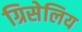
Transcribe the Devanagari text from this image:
ग्रिसेलिय